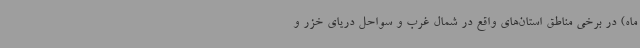
ماه) در برخی مناطق استان‌های واقع در شمال غرب و سواحل دریای خزر و